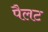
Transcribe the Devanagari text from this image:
पैलट